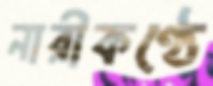
নারীকণ্ঠে